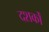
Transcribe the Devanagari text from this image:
दशर्कों